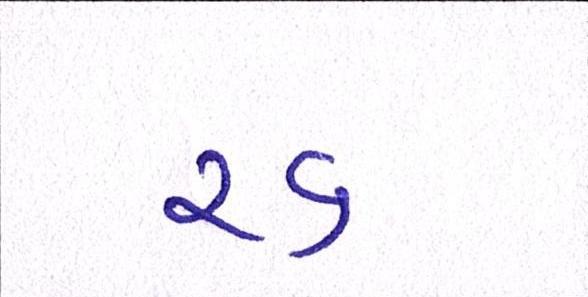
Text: રદ્દ